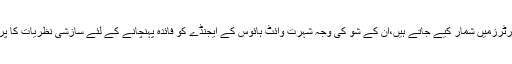
ماضی میںعراق میں نیشنل گارڈ کے طورپر خدمات انجام دینے والے ہیگ سیٹھ صدر ٹرمپ کے پسندیدہ رپورٹرزمیں شمار کیے جاتے ہیں،ان کے شو کی وجہ شہرت وائٹ ہائوس کے ایجنڈے کو فائدہ پہنچانے کے لئے سازشی نظریات کا پرچار تھا تاہم اب میزبان کی ہاتھ نہ دھونے کی بات سے جراثیم سے خوفزدہ صدر ٹرمپ پریشان ہوسکتے ہیں۔